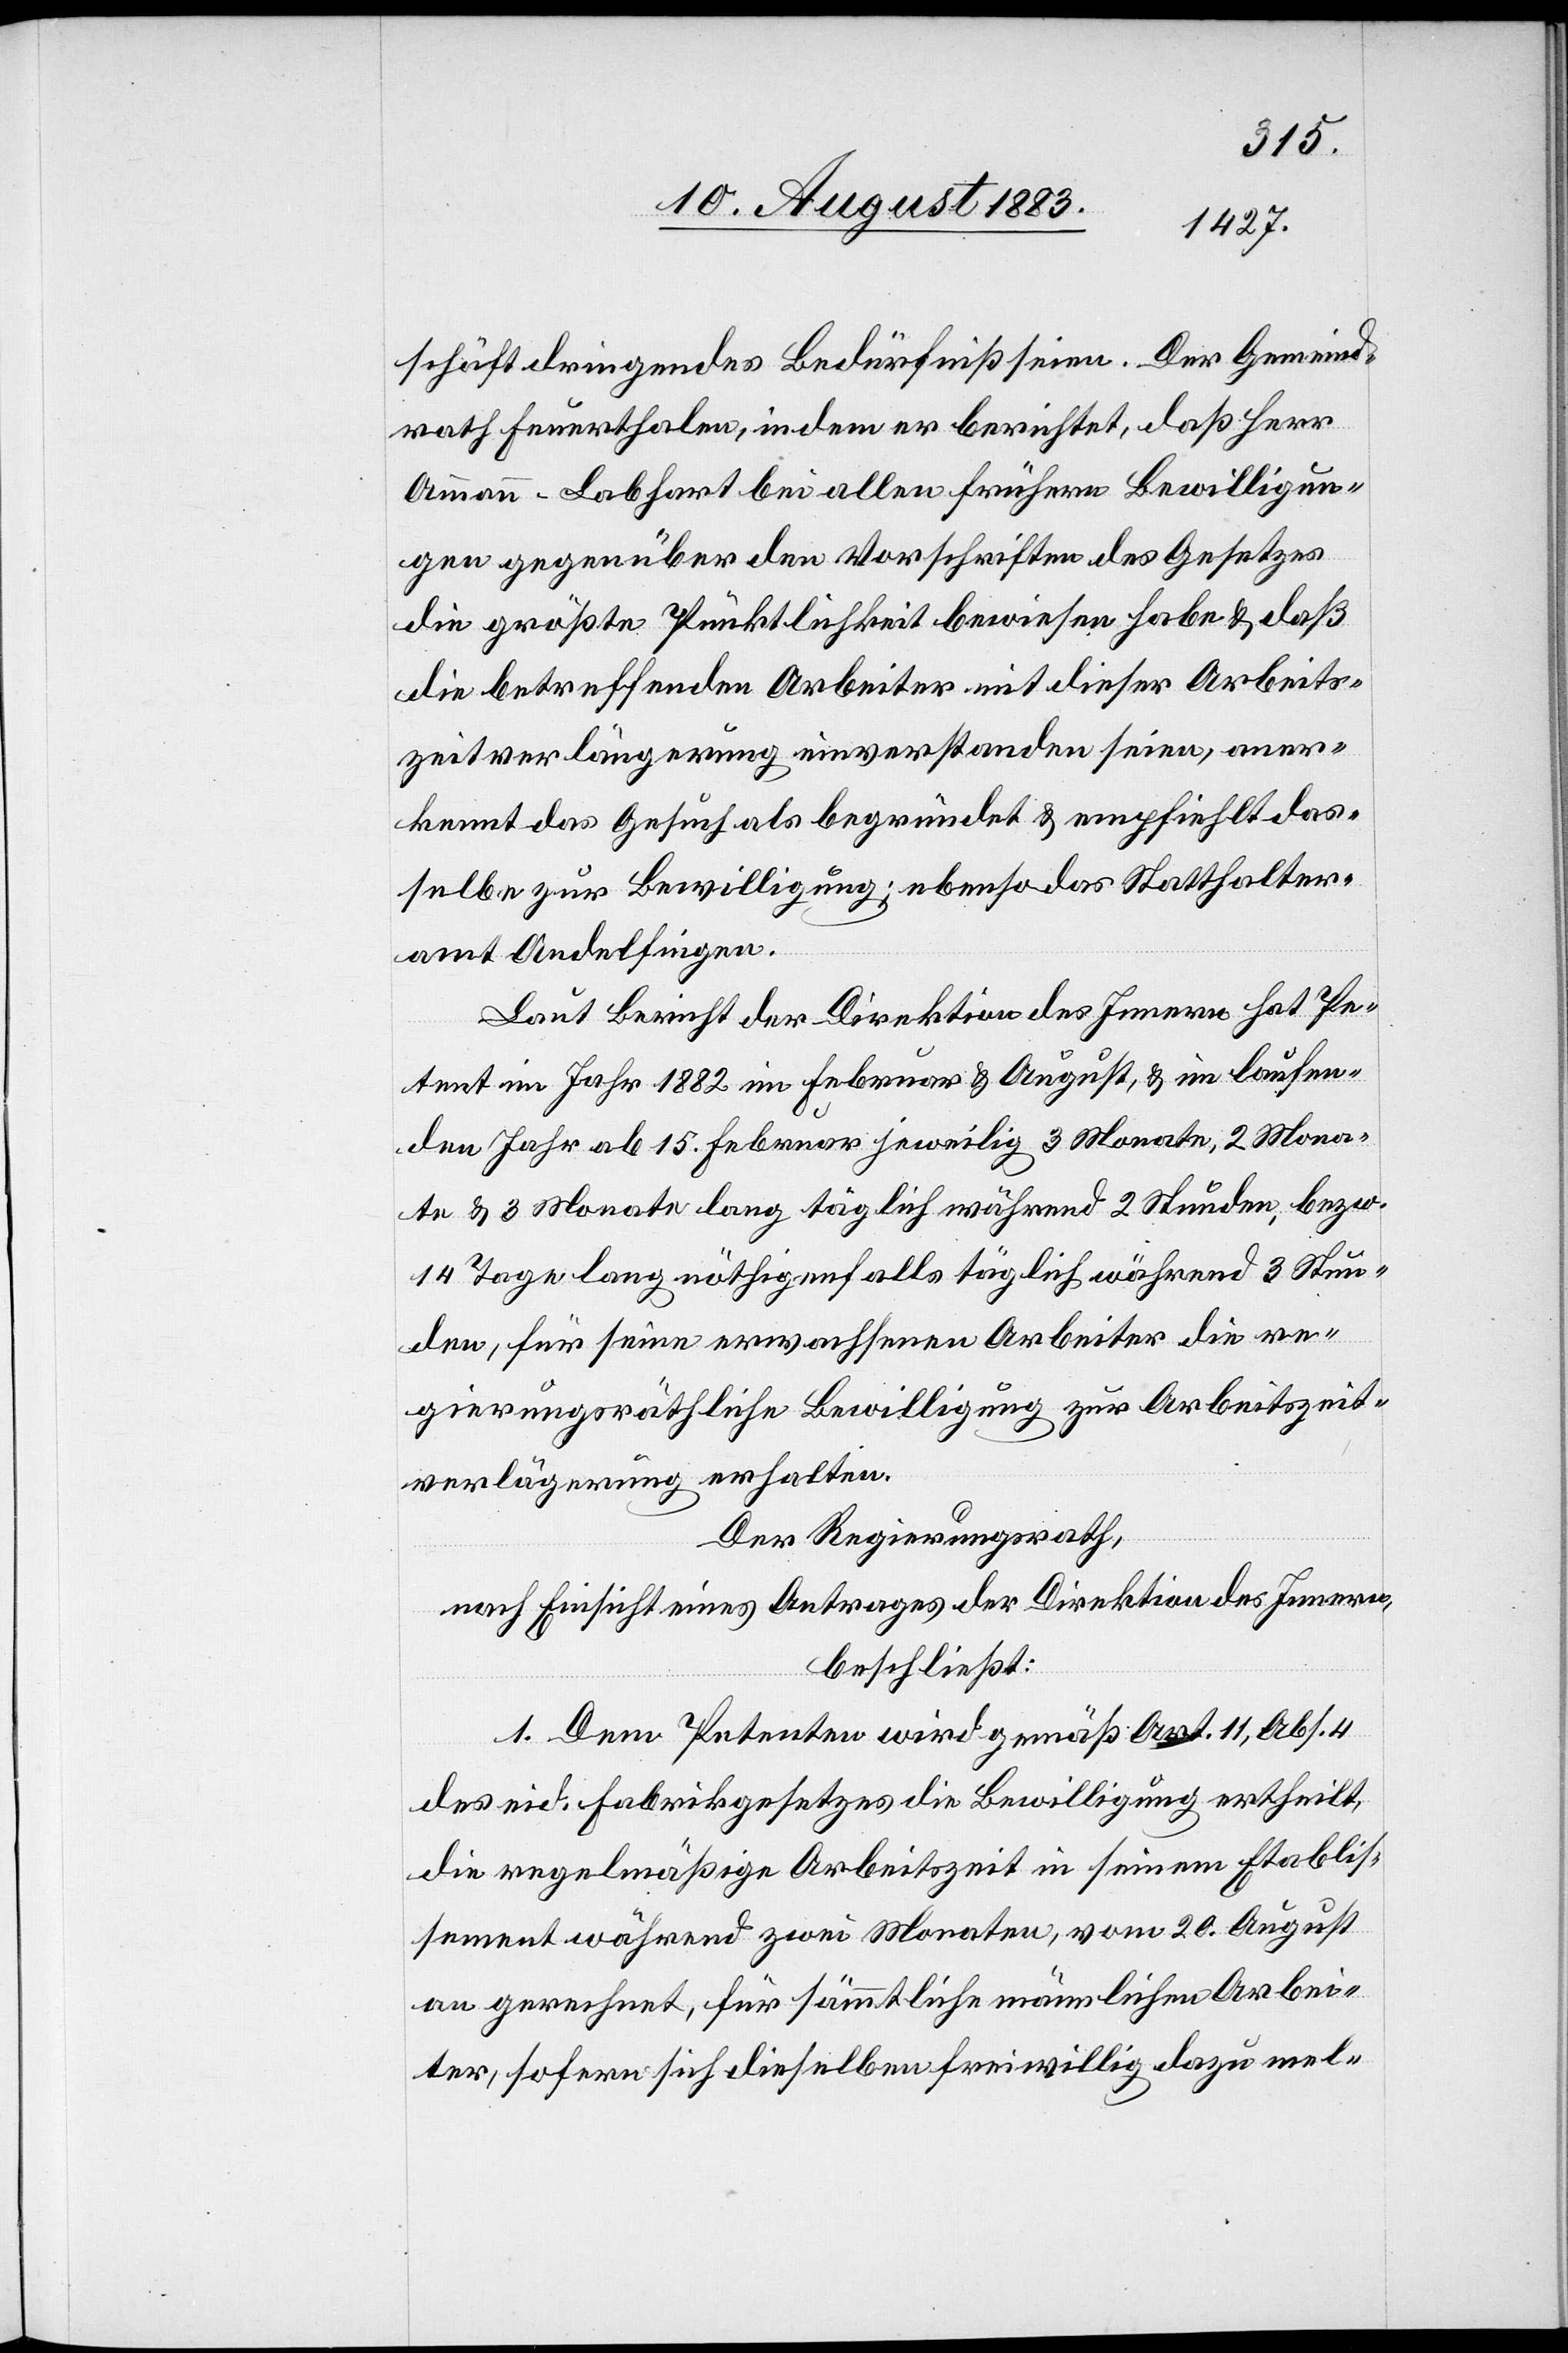
schäft dringendes Bedürfniß seien. Der Gemeind¬
rath Feuerthalen, in dem er berichtet, daß Herr
Ammann-Labhart bei allen frühern Bewilligun¬
gen gegenüber den Vorschriften des Gesetzes
die größte Pünktlichkeit bewiesen habe & daß
die betreffenden Arbeiter mit dieser Arbeits¬
zeitverlängerung einverstanden seien, aner¬
kennt das Gesuch als begründet & empfiehlt das¬
selbe zur Bewilligung; ebenso das Statthalter¬
amt Andelfingen.
Laut Bericht der Direktion des Innern hat Pe¬
tent im Jahr 1882 im Februar & August, & im laufen¬
den Jahr ab 15. Februar jeweilig 3 Monate, 2 Mona¬
te & 3 Monate lang täglich während 2 Stunden, bezw.
14. Tage lang nöthigenfalls täglich während 3 Stun¬
den, für seine erwachsenen Arbeiter die re¬
gierungsräthliche Bewilligung zur Arbeitszeit¬
verlängerung erhalten.
Der Regierungsrath,
nach Einsicht eines Antrages der Direktion des Innern,
beschließt:
1. Dem Petenten wird gemäß Art. 11, Abs. 4
des eid. Fabrikgesetzes die Bewilligung ertheilt,
die regelmäßige Arbeitszeit in seinem Etablis¬
sement während zwei Monaten, vom 20. August
an gerechnet, für sämmtliche männliche Arbei¬
ter, sofern sich dieselben freiwillig dazu mel-